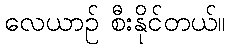
လေယာဉ် စီးနိုင်တယ်။